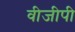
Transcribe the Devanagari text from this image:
वीजीपी